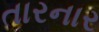
તારનાર